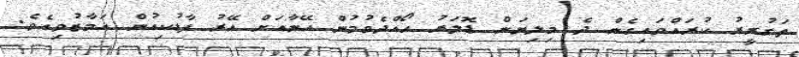
ތަގުރީރު ކުރައްވައިގެން ދެ މިލިޔަން ޑޮލަރު ހޯއްދެވުމުން އޭނާއަށް އޭރު ފާޑުކިއުން އަމާޒުވިއެވެ.